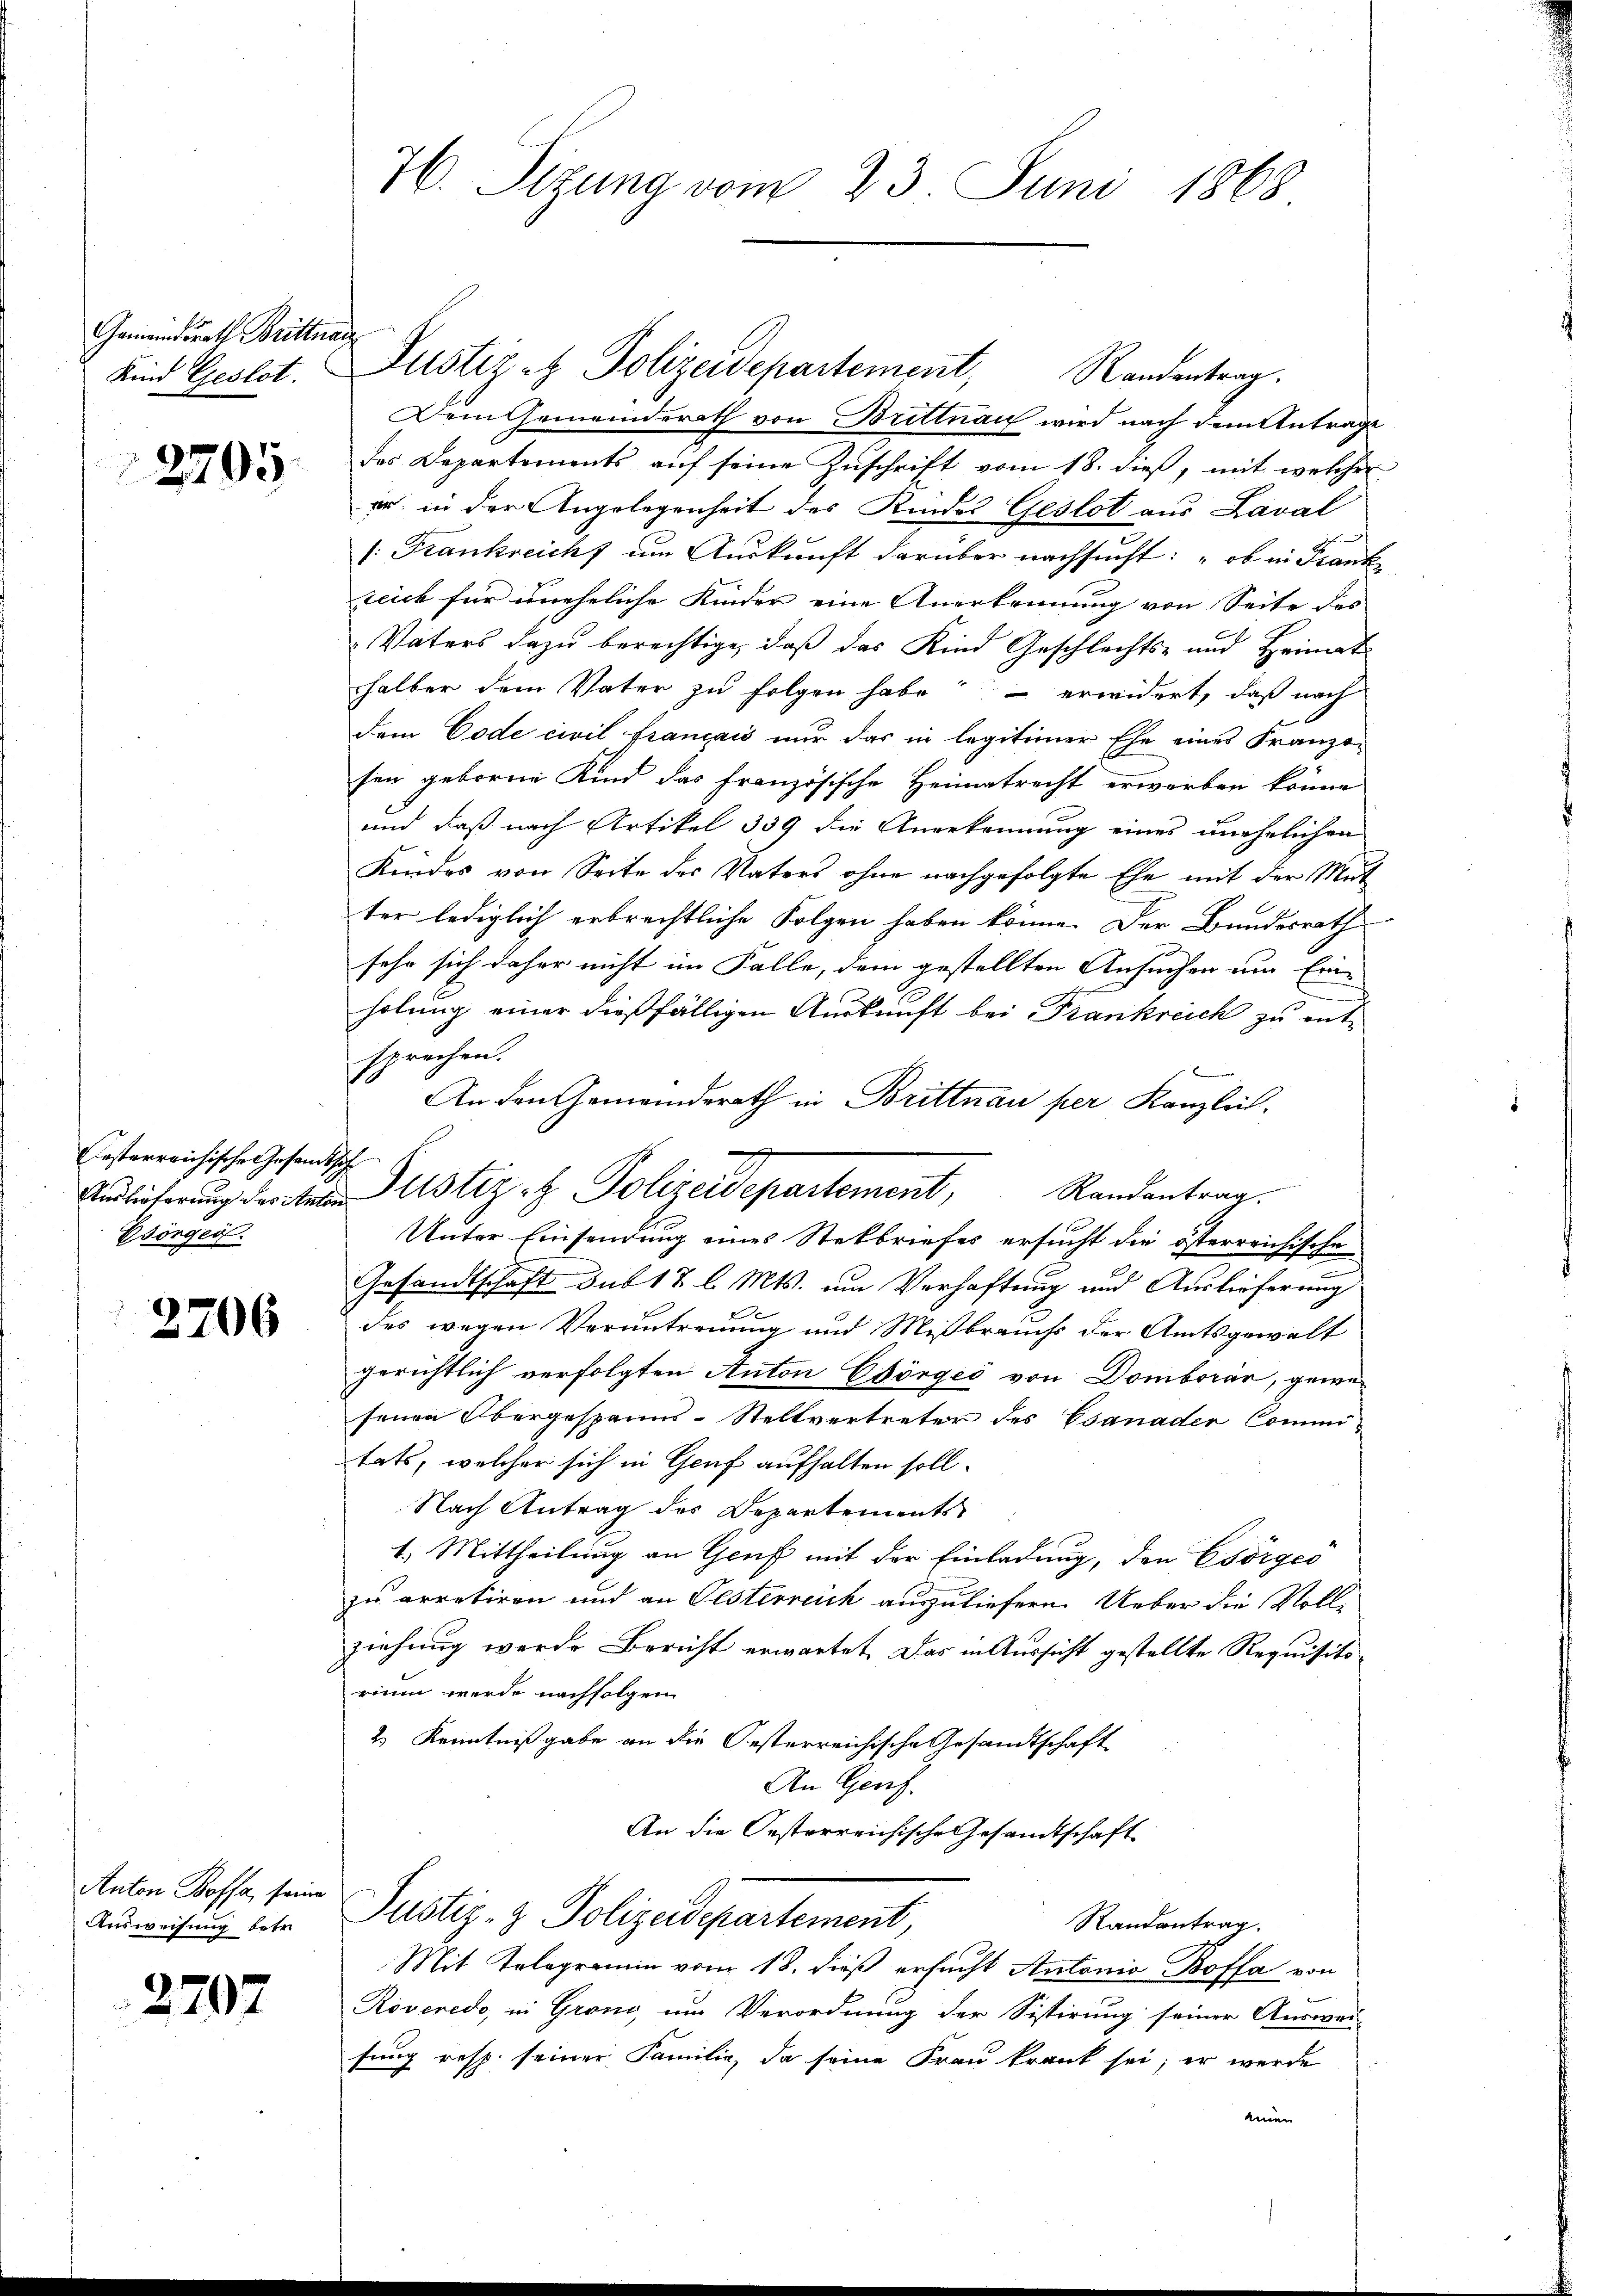
Gemeindrath Brittnau
Kind Geslot.

2795.

Cesterreichische Gesandt,
Auslieferung des Anto¬
Esörger.

2706

Anton Boffa, seine
Ausweisung betr

2797

76. Sizung vom 23. Juni 1868

Justiz- & Polizeidepartement, Randentrag.
Dem Gemeinderath von Brittnau wird nach dem Antrage
des Departements auf seine Zuschrift vom 18. dieß, mit welcher
er: in der Angelegenheit des Kindes Geslot aus Laval
1: Frankreich um Auskunft darüber nachsucht: „ob in Frank
reich für uneheliche Kinder eine Anerkennung von Seite des
Vaters dazu berechtige, daß das Kind Geschlechts- und Heimat
halber dem Vater zu folgen habe erwidert, daß nach
dem Code civil français nur das in legitimer Ehe eines Franzo-
sen geborene Kind das französische Heimatrecht erworben könne
und daß nach Artikel 339 die Anerkennung eines unehelichen
Kindes von Seite des Vaters ohne nachgefolgte Ehe mit der Mut
ter lediglich erbrechtliche Folgen haben könne. Der Bundesrath
sehr sich daher nicht im Falle, dem gestellten Ansuchen um Ein-
holung einer dießfälligen Auskunft bei Frankreich zu entsprechen.
An den Gemeinderath in Brittnau per Kanzlich.
s
Unter Einsendung eines Stekbriefes ersucht die österreichische
Gesandtschaft sub 12 l. Mts. um Verhaftung und Auslieferung
x
des wegen Veruntreuung und Mißbrauchs der Amtsgewalt
gerichtlich verfolgten Anton Chörges von Domboran, gewesenen Obergespanns-Stellvertreter des Csanader Commi-
tats, welcher sich in Genf aufhalten soll.
Nach Antrag des Departements
1.) Mittheilung an Genf mit der Einladung, den Csörgeo
zu arretiren und an Gesterreich auszuliefern. Ueber die Vollziehung werde Bericht erwartet. Das in Aussicht gestellte Requisitorium werde nachfolgen
2.) Kenntnißgabe an die Oesterreichische Gesandtschaft
An Genf.
An die Osterreichische Gesamtschaft
Justiz- & Polizeidepartement,
Randantrag.
Mit Telegramin vom 18. dieß ersucht Antonio Boffa von
Roveredo, in Gröni, um Verordnung der Sistirung seiner Auswei
fung resp. seiner Familie, da seine Frau krank sei; er werde
einer

Justiz- & Polizeidepartement, Randantrag.